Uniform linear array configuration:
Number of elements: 4
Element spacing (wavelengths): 0.5
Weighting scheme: cosine
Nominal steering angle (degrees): -30
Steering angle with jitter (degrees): -29.039
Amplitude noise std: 0.05
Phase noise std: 0.05

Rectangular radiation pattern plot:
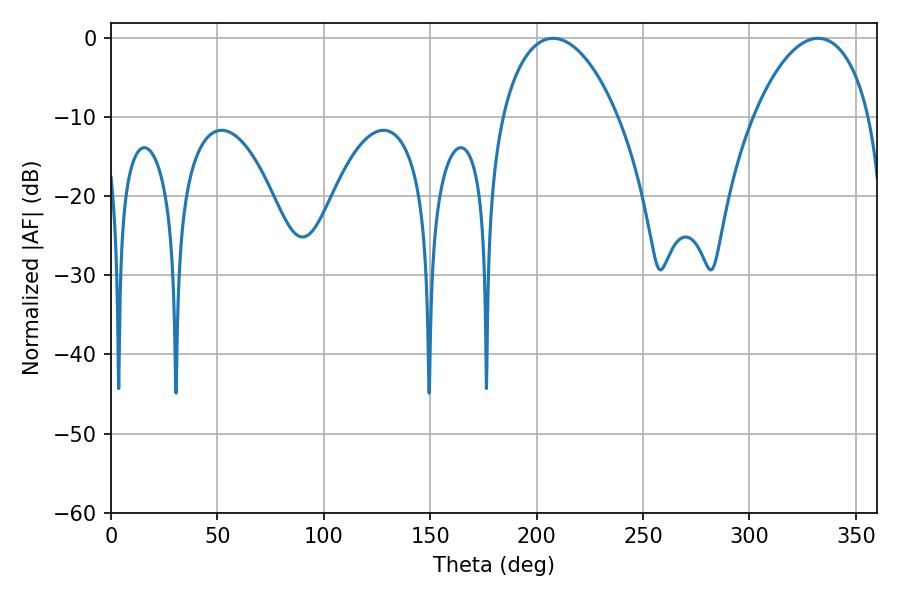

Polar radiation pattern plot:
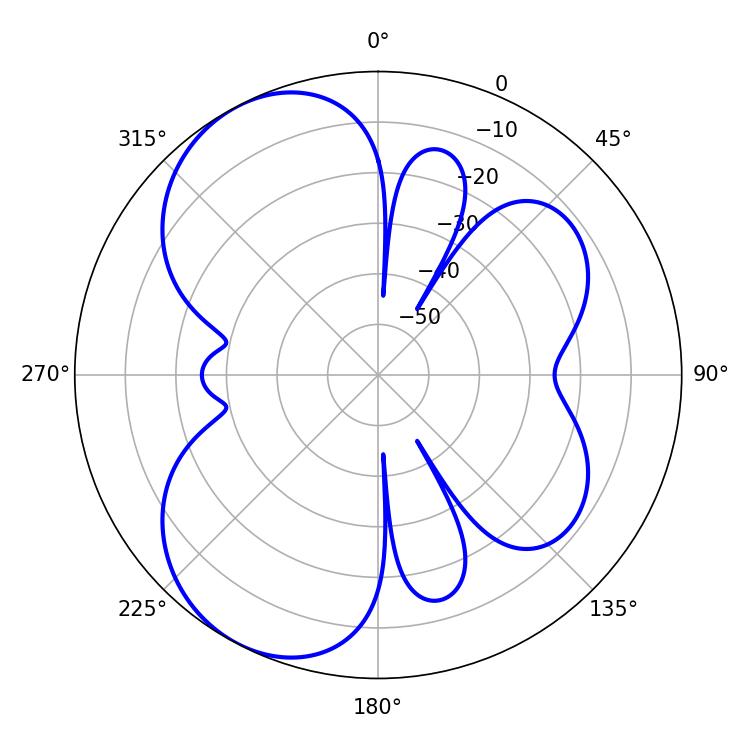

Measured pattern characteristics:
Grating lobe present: FALSE
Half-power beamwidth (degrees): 30.78
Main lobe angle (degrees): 207.72